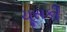
ચૂસકી